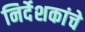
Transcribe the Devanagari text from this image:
निर्देशकांचे